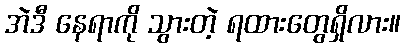
အဲဒီ နေရာကို သွားတဲ့ ရထားတွေရှိလား။